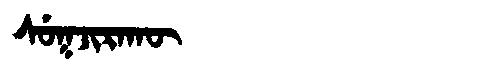
Manchu: ᠰᡠᡴᠵᡳᡵᠠᡴᡡ
Romanization: SUKJIRAKŪ